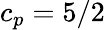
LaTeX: c_{p}=5/2